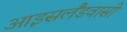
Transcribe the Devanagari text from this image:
आइसलैंडवासी